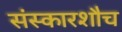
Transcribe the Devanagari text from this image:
संस्कारशौच